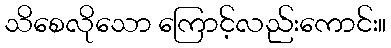
သိစေလိုသော ကြောင့်လည်းကောင်း။